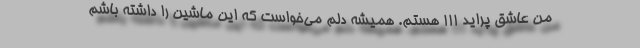
من عاشق پراید 111 هستم. همیشه دلم می‌خواست که این ماشین را داشته باشم